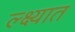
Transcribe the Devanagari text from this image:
ल्क्ष्यात